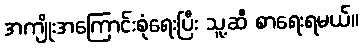
အကျိုးအကြောင်းစုံရေးပြီး သူ့ဆီ စာရေးရမယ်။